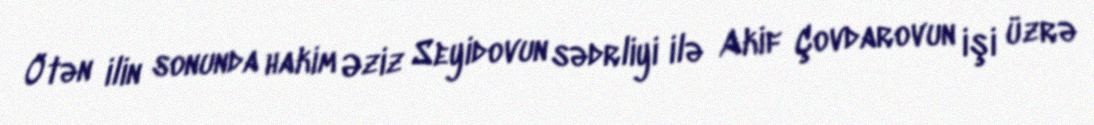
Ötən ilin sonunda hakim Əziz Seyidovun sədrliyi ilə Akif Çovdarovun işi üzrə